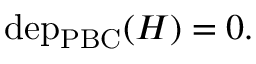
\begin{array} { r } { \mathrm { d e p } _ { \mathrm { P B C } } ( H ) = 0 . } \end{array}